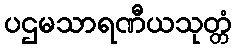
ပဌမသာရဏီယသုတ္တံ